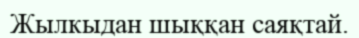
Жылкыдан шыққан саяқтай.